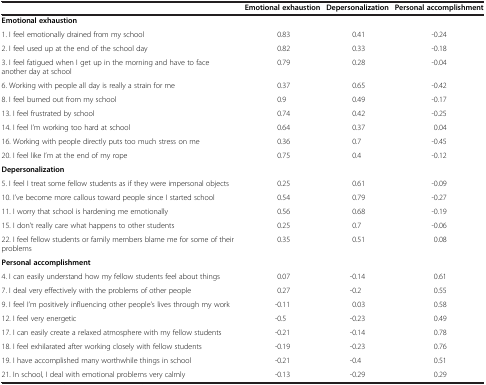
|  | Emotional exhaustion | Depersonalization | Personal accomplishment |
 | --- | --- | --- | --- |
 | Emotional exhaustion |  |  |  |
 | 1. I feel emotionally drained from my school | 0.83 | 0.41 | -0.24 |
 | 2. I feel used up at the end of the school day | 0.82 | 0.33 | -0.18 |
 | 3. I feel fatigued when I get up in the morning and have to face another day at school | 0.79 | 0.28 | -0.04 |
 | 6. Working with people all day is really a strain for me | 0.37 | 0.65 | -0.42 |
 | 8. I feel burned out from my school | 0.9 | 0.49 | -0.17 |
 | 13. I feel frustrated by school | 0.74 | 0.42 | -0.25 |
 | 14. I feel I’m working too hard at school | 0.64 | 0.37 | 0.04 |
 | 16. Working with people directly puts too much stress on me | 0.36 | 0.7 | -0.45 |
 | 20. I feel like I’m at the end of my rope | 0.75 | 0.4 | -0.12 |
 | Depersonalization |  |  |  |
 | 5. I feel I treat some fellow students as if they were impersonal objects | 0.25 | 0.61 | -0.09 |
 | 10. I’ve become more callous toward people since I started school | 0.54 | 0.79 | -0.27 |
 | 11. I worry that school is hardening me emotionally | 0.56 | 0.68 | -0.19 |
 | 15. I don’t really care what happens to other students | 0.25 | 0.7 | -0.06 |
 | 22. I feel fellow students or family members blame me for some of their problems | 0.35 | 0.51 | 0.08 |
 | Personal accomplishment |  |  |  |
 | 4. I can easily understand how my fellow students feel about things | 0.07 | -0.14 | 0.61 |
 | 7. I deal very effectively with the problems of other people | 0.27 | -0.2 | 0.55 |
 | 9. I feel I’m positively influencing other people’s lives through my work | -0.11 | 0.03 | 0.58 |
 | 12. I feel very energetic | -0.5 | -0.23 | 0.49 |
 | 17. I can easily create a relaxed atmosphere with my fellow students | -0.21 | -0.14 | 0.78 |
 | 18. I feel exhilarated after working closely with fellow students | -0.19 | -0.23 | 0.76 |
 | 19. I have accomplished many worthwhile things in school | -0.21 | -0.4 | 0.51 |
 | 21. In school, I deal with emotional problems very calmly | -0.13 | -0.29 | 0.29 |